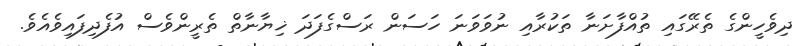
ދިވެހީންގެ ތެރޭގައި ތުއްފާށަނާ ތަކުރާއި ނުވަވަނަ ހަސަން ރަސްގެފަދަ ޚިޔާނާތް ތެރީންވެސް އުފެދިފައިވެއެވެ.